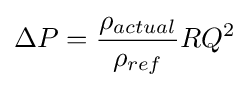
\Delta P={\frac {\rho _{actual}}{\rho _{ref}}}RQ^{2}